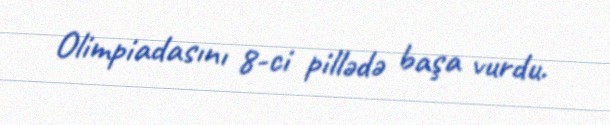
Olimpiadasını 8-ci pillədə başa vurdu.